Eesti_Rahvusfond, lk 75
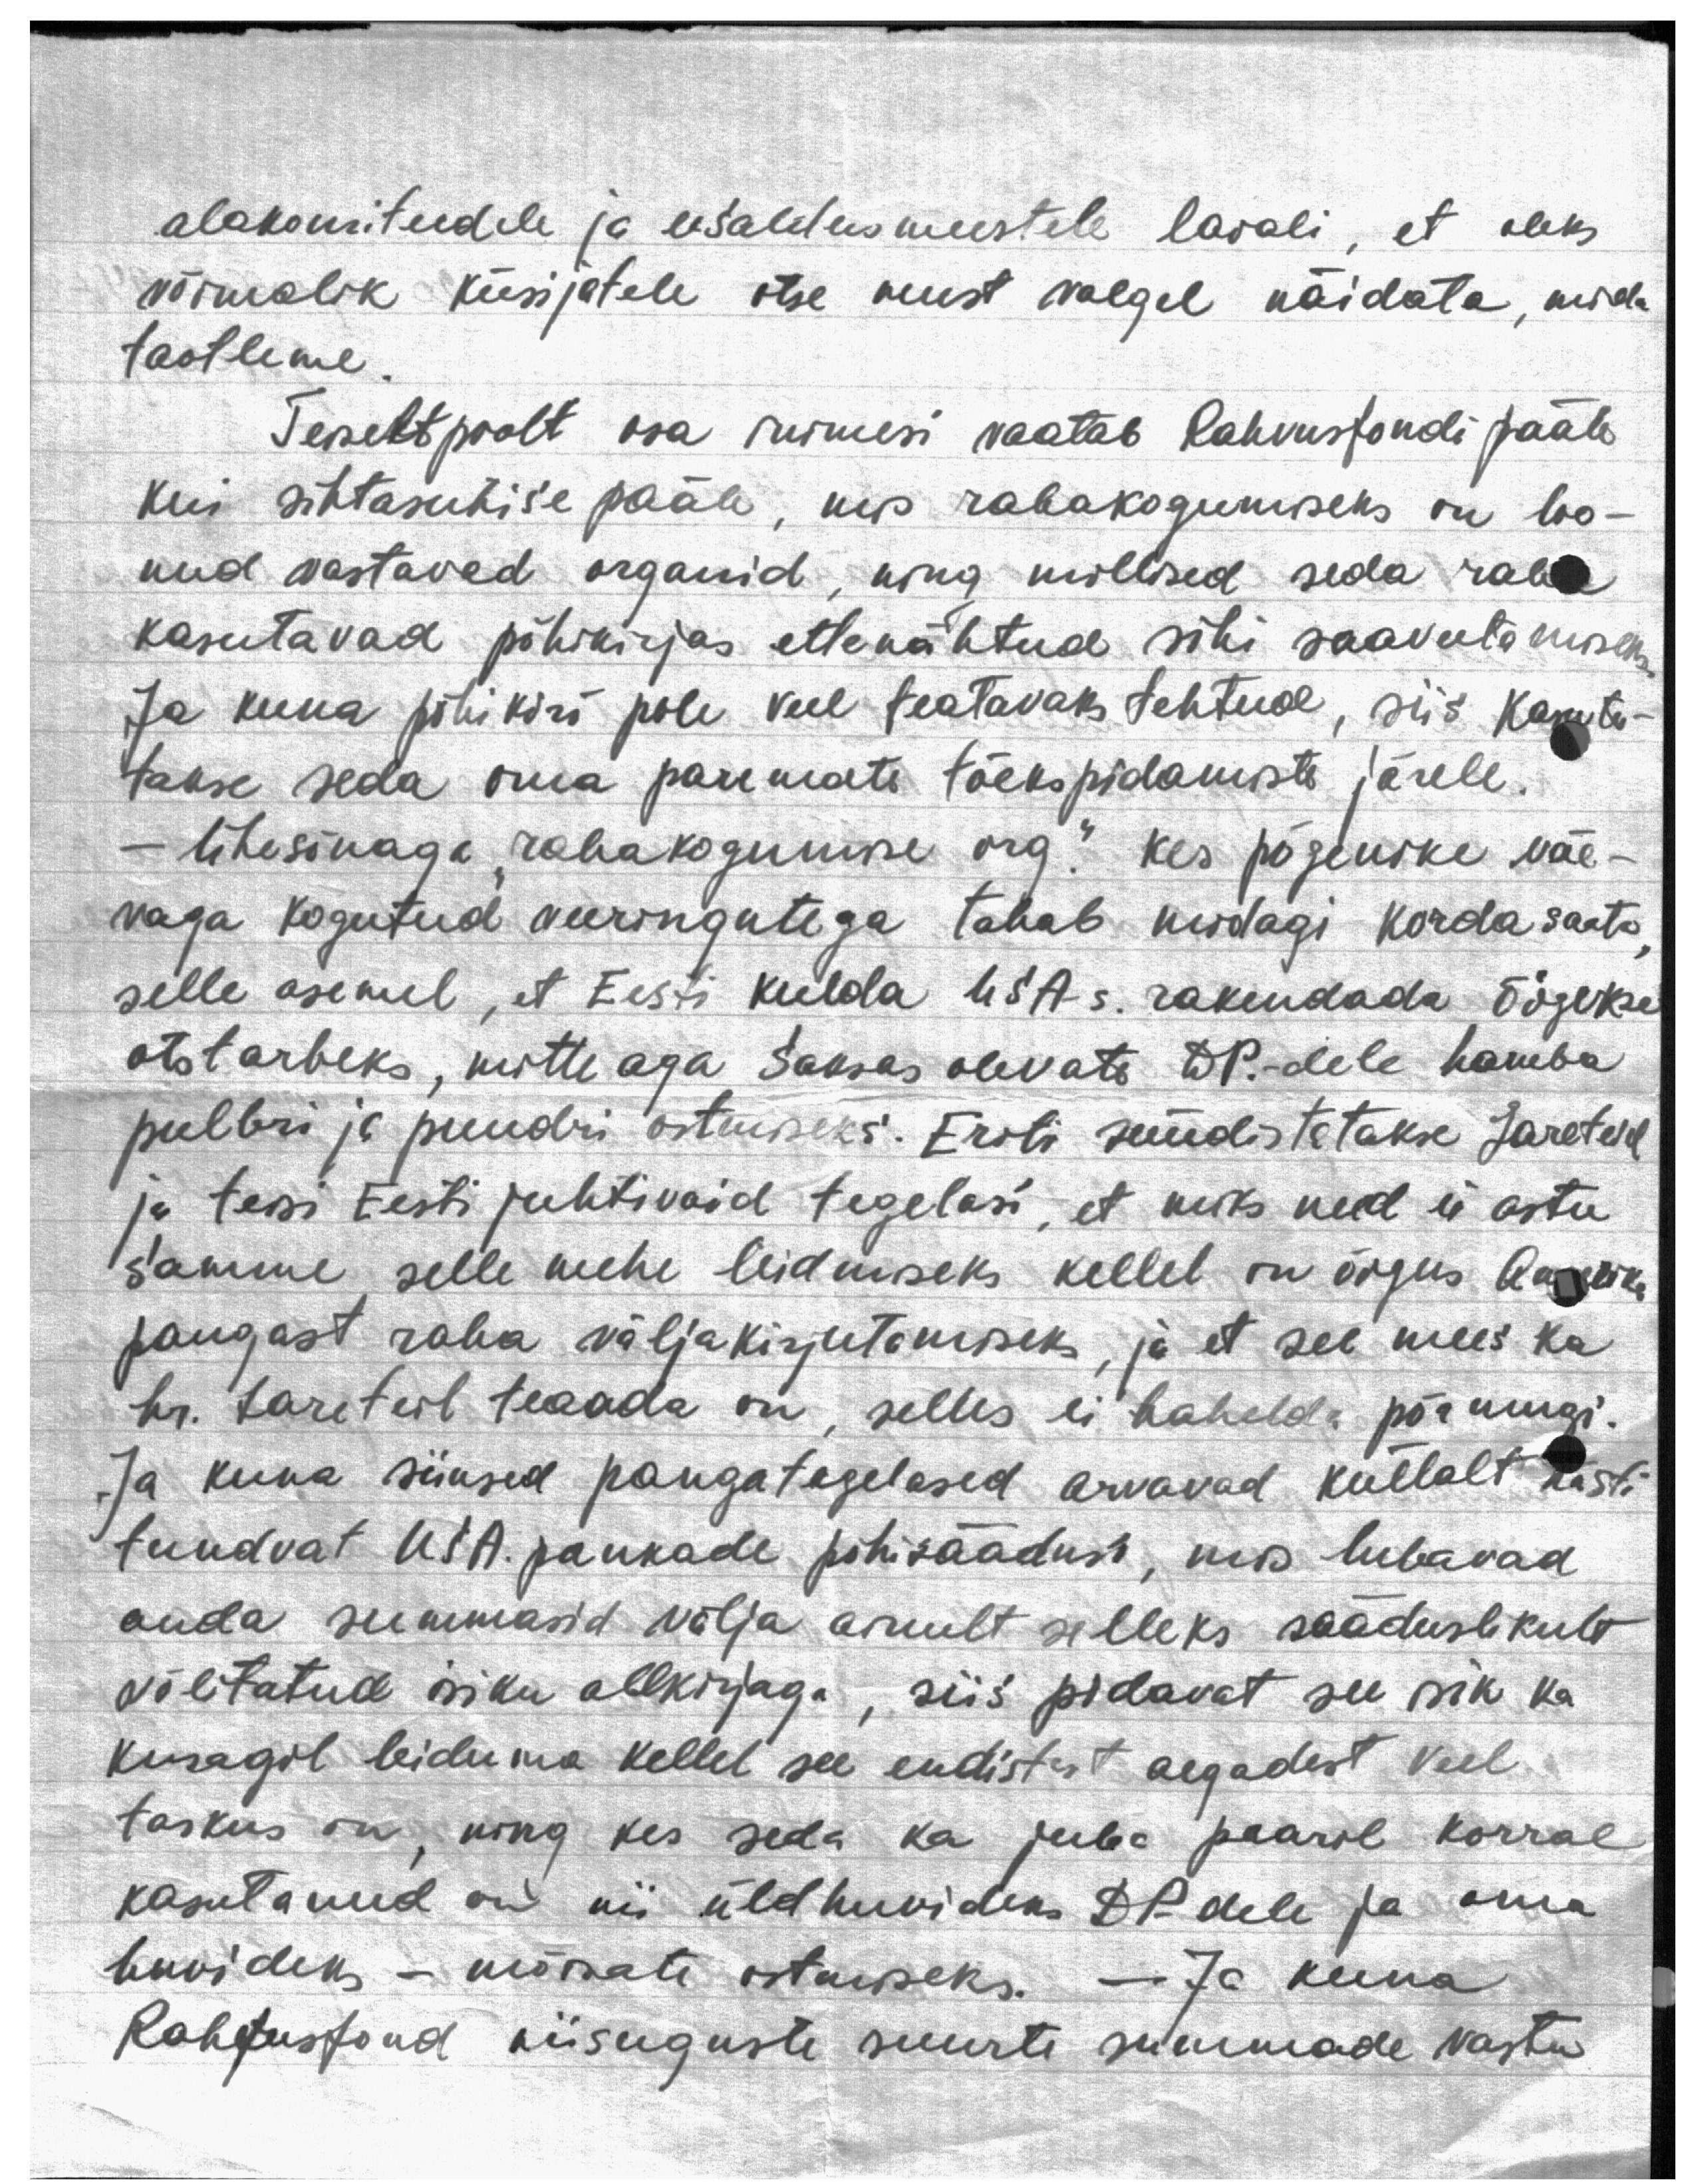
alakomiteedele ja usaldusmeestele laiali, et oleks
võimalik küsijatele otse must valgel näidata, mida
taotleme.
Teiseltpoolt osa inimesi vaatab Rahvusfondi pääle
kui sihtasutise pääle, mis rahakogumiseks on loo-
nud vastavad organid, ning millised seda raha
kasutavad põhikirjas ettenähtud sihi saavutamiseks.
Ja kuna põhikiri pole veel teatavaks tehtud, siis kasuta-
takse seda oma paremate tõekspidamiste järele.
- Ühesõnaga "rahakogumise org." kes põgenike väe-
vaga kogutud veeringutega tahab midagi korda saata,
selle asemel, et Eesti kulda USA-s. rakendada õigekse
otstarbeks, mitte aga Saksas olevate DP.-dele hamba
pulbri ja puudri ostmiseks. Eriti süüdistatakse Lareteid
ja teisi Eesti juhtivaid tegelasi, et miks need ei astu
samme selle mehe leidmiseks kellel on õigus ka korra
pangast raha väljakirjutamiseks, ja et see mees ka
hr. Lareteil teaada on, selles ei kahelda põrmugi.
Ja kuna siinsed pangategelased arvavad küllalt hästi
tundvat USA pankade põhisäädust, mis lubavad
anda summasid välja ainult selleks sääduslikult
volitatud isiku allkirjaga, siis pidavat see isik ka
kusagil leiduma kellel see endistest aegadest veel
taskus on ning kes seda ka juba paaril korral
kasutanud on nii üldhuvideks DP-dele ja oma
huvideks - mõisate ostmiseks. - Ja kuna
Rahfusfond niisuguste suurte summade vastu